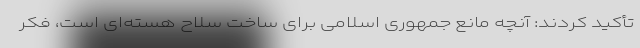
تأکید کردند: آنچه مانع جمهوری اسلامی برای ساخت سلاح هسته‌ای است، فکر